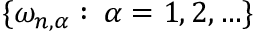
\{ \omega _ { n , \alpha } : \: \alpha = 1 , 2 , \ldots \}